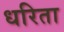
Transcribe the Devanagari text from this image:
धरिता